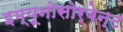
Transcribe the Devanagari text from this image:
इम्यूनोसोर्बेन्ट